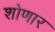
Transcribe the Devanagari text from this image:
शोणार